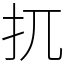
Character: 扤